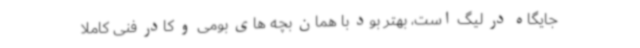
جایگاه در لیگ است، بهتر بود با همان بچه های بومی و کادر فنی کاملا